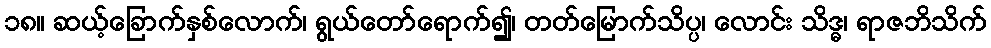
၁၈။ ဆယ့်ခြောက်နှစ်လောက်၊ ရွယ်တော်ရောက်၍၊ တတ်မြောက်သိပ္ပ၊ လောင်း သိဒ္ဓ၊ ရာဇဘိသိက်